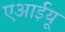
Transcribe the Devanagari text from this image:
एआईयू